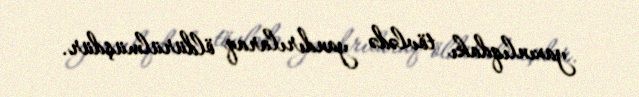
yaxınlıqdakı tövlədə yandırılaraq öldürülmüşdür.